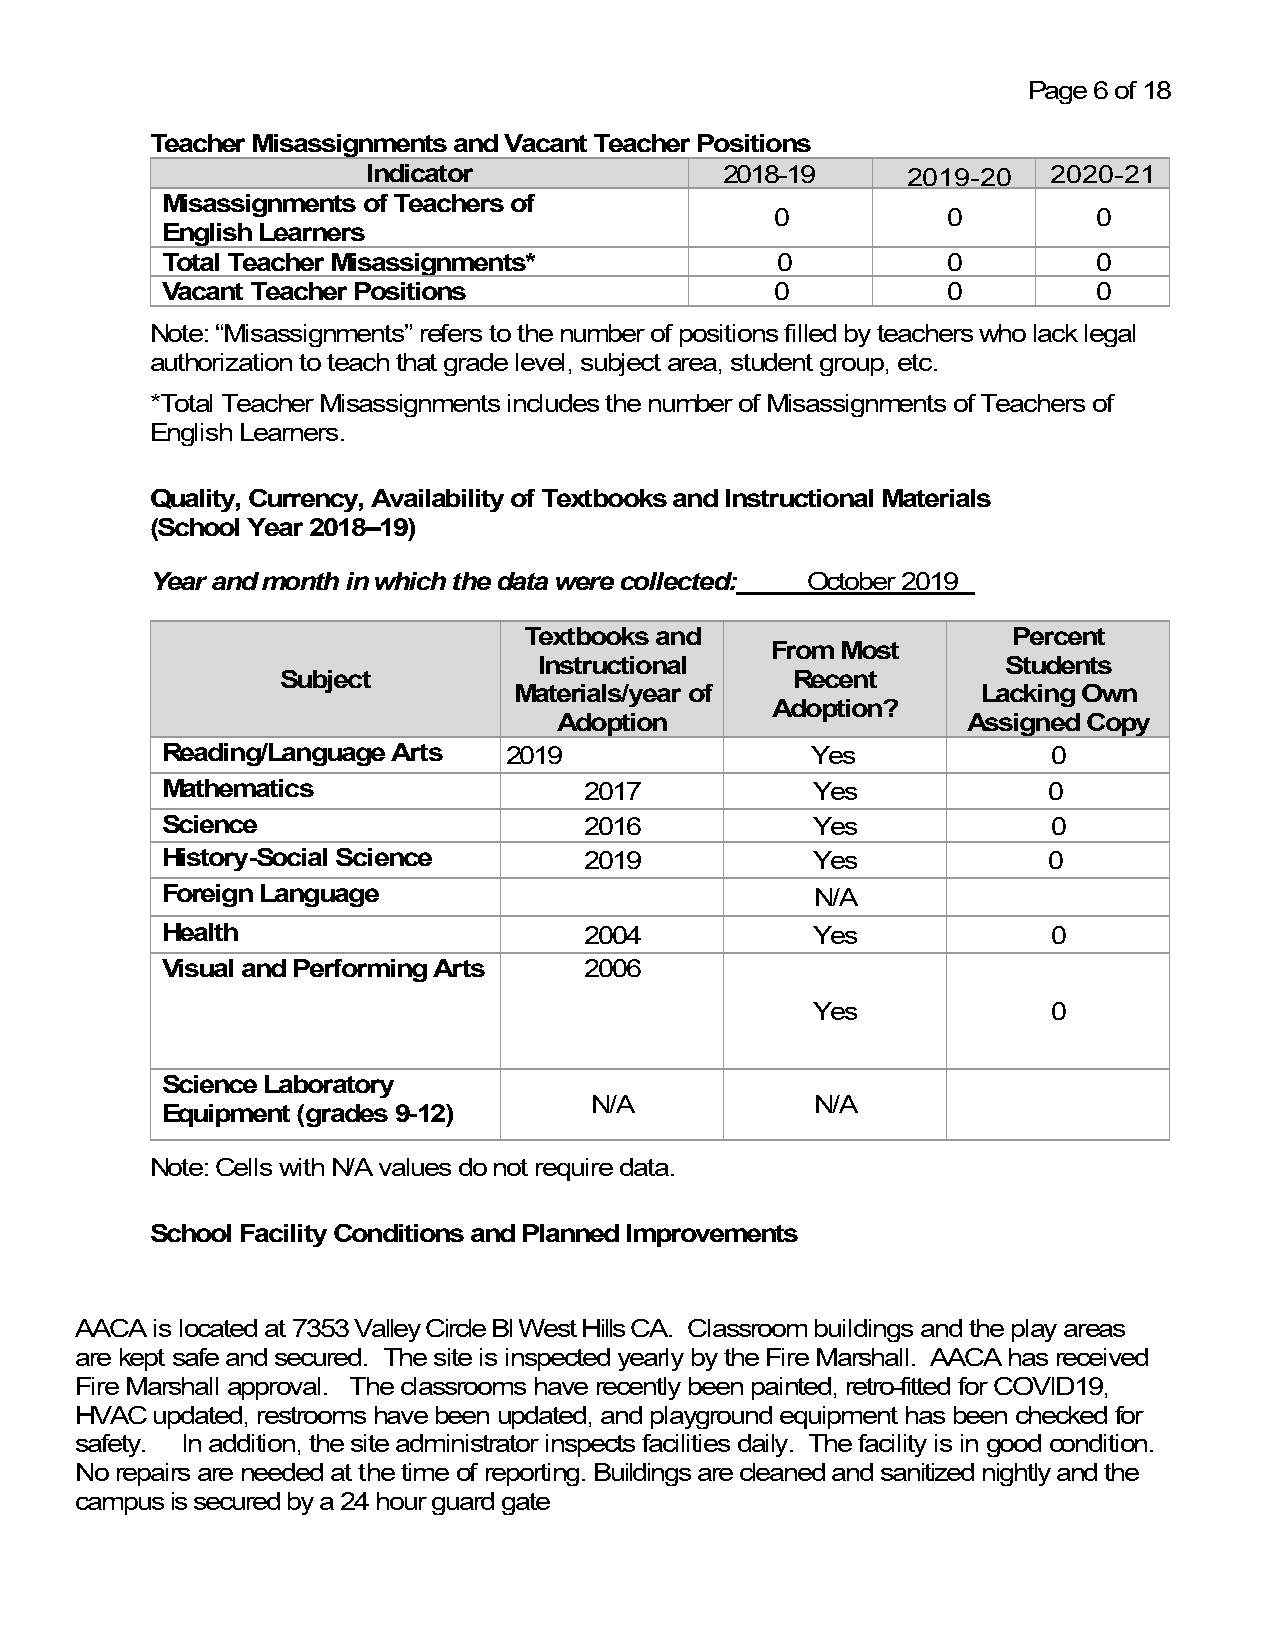
Page 6 of 18
 Teacher Misassignments and Vacant Teacher Positions
 Indicator               2018-19     2019-20   2020-21
 Misassignments of Teachers of
 0           0         0
 English Learners
 Total Teacher Misassignments*           0           0         0
 Vacant Teacher Positions                0           0         0
 Note: “Misassignments” refers to the number of positions filled by teachers who lack legal
 authorization to teach that grade level, subject area, student group, etc.
 *Total Teacher Misassignments includes the number of Misassignments of Teachers of
 English Learners.
 Quality, Currency, Availability of Textbooks and Instructional Materials
 (School Year 2018–19)
 Year and month in which the data were collected: October 2019
 Textbooks and                   Percent
 From Most
 Instructional                  Students
 Subject                           Recent
 Materials/year of              Lacking Own
 Adoption?
 Adoption                   Assigned Copy
 Reading/Language Arts 2019                 Yes             0
 Mathematics                 2017           Yes            0
 Science                     2016           Yes             0
 History-Social Science      2019           Yes            0
 Foreign Language                           N/A
 Health                      2004           Yes             0
 Visual and Performing Arts  2006
 Yes             0
 Science Laboratory
 N/A            N/A
 Equipment (grades 9-12)
 Note: Cells with N/A values do not require data.
 School Facility Conditions and Planned Improvements
 AACA is located at 7353 Valley Circle Bl West Hills CA. Classroom buildings and the play areas
 are kept safe and secured. The site is inspected yearly by the Fire Marshall. AACA has received
 Fire Marshall approval. The classrooms have recently been painted, retro-fitted for COVID19,
 HVAC updated, restrooms have been updated, and playground equipment has been checked for
 safety. In addition, the site administrator inspects facilities daily. The facility is in good condition.
 No repairs are needed at the time of reporting. Buildings are cleaned and sanitized nightly and the
 campus is secured by a 24 hour guard gate